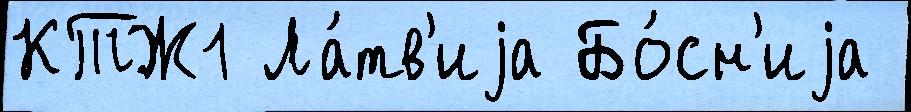
КТЖ1 Ла́тв'иjа Бо́сн'иjа